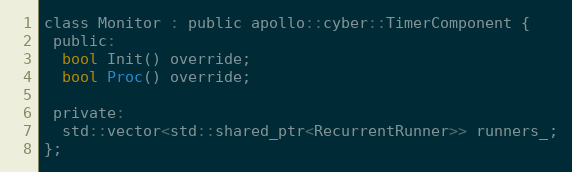
Language: C
class Monitor : public apollo::cyber::TimerComponent {
 public:
  bool Init() override;
  bool Proc() override;

 private:
  std::vector<std::shared_ptr<RecurrentRunner>> runners_;
};